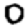
Digit: 0